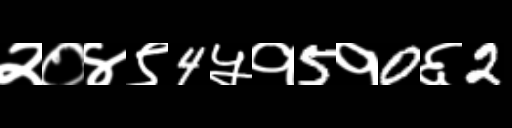
Text: २०४९4५१5१0६2